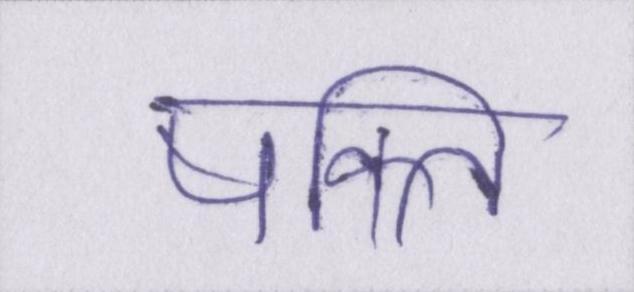
षक्ति